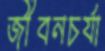
জীবনচর্যা